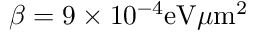
\beta = 9 \times 1 0 ^ { - 4 } \mathrm { e V } \mu \mathrm { m } ^ { 2 }